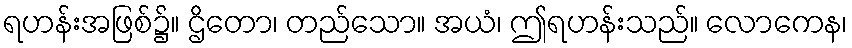
ရဟန်းအဖြစ်၌။ ဌိတော၊ တည်သော။ အယံ၊ ဤရဟန်းသည်။ လောကေန၊